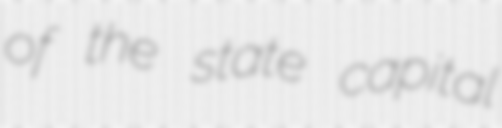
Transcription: of the state capital